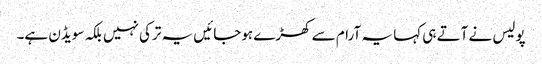
پولیس نے آتے ہی کہا یہ آرام سے کھڑے ہوجائیں یہ ترکی نہیں بلکہ سویڈن ہے۔